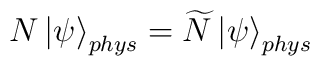
N\left| \psi \right\rangle _{phys}=\widetilde{N}\left| \psi \right\rangle_{phys}